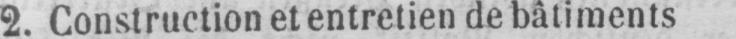
2. Construction et entretien de bâtiments